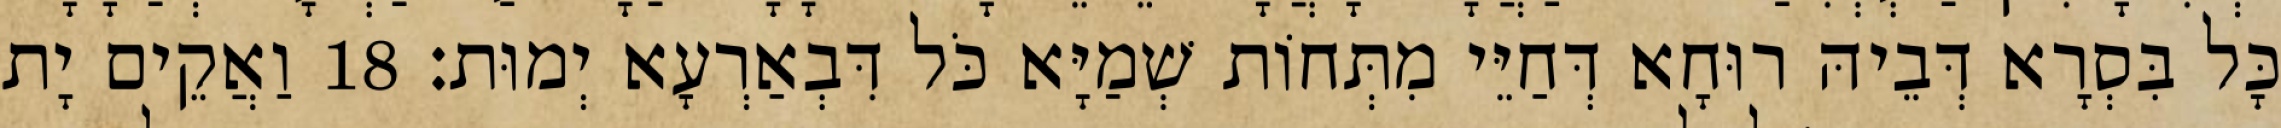
כָּל בִּסְרָא דְּבֵיהּ רוּחָא דְּחַיֵּי מִתְּחוֹת שְׁמַיָּא כֹּל דִּבְאַרְעָא יְמוּת׃ 18 וַאֲקֵים יָת